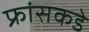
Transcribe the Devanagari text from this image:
फ्रांसकडे